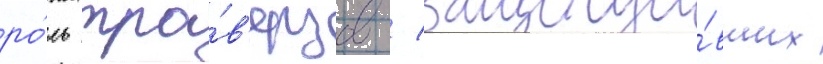
ро́ль тра́в'ерзов / защища́вших